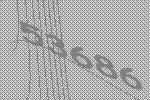
53686